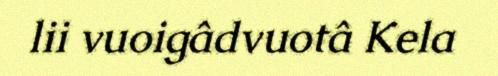
lii vuoigâdvuotâ Kela